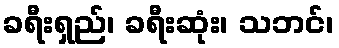
ခရီးရှည်၊ ခရီးဆုံး၊ သဘင်၊